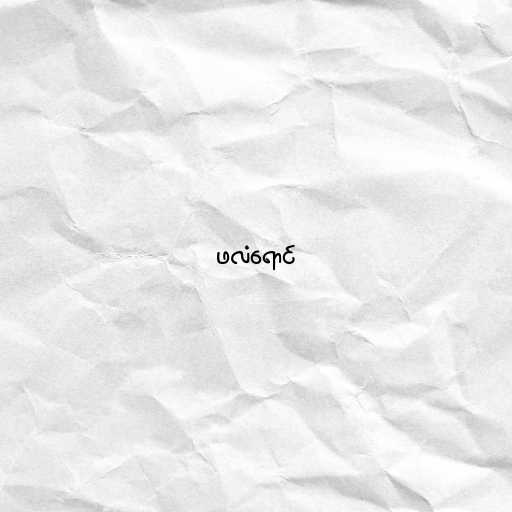
ဖလံရောင်